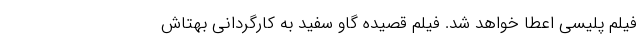
فیلم پلیسی اعطا خواهد شد. فیلم قصیده گاو سفید به کارگردانی بهتاش